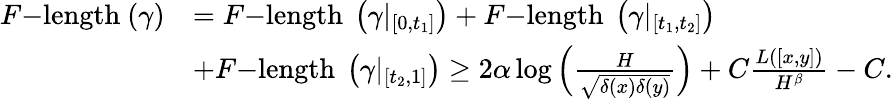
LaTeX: \begin{array}{rl}{F\mathrm{-length~}(\gamma)}&{=F\mathrm{-length~}\left(\gamma|_{\left[0,t_{1}\right]}\right)+F\mathrm{-length~}\left(\gamma|_{\left[t_{1},t_{2}\right]}\right)}\\ &{+F\mathrm{-length~}\left(\gamma|_{\left[t_{2},1\right]}\right)\geq 2\alpha\log\left(\frac{H}{\sqrt{\delta(x)\delta(y)}}\right)+C\frac{L([x,y])}{H^{\beta}}-C.}\end{array}